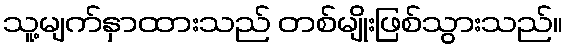
သူ့မျက်နှာထားသည် တစ်မျိုးဖြစ်သွားသည်။